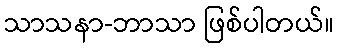
သာသနာ-ဘာသာ ဖြစ်ပါတယ်။